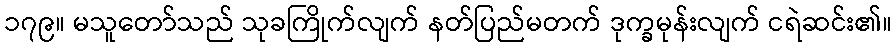
၁၇၉။ မသူတော်သည် သုခကြိုက်လျက် နတ်ပြည်မတက် ဒုက္ခမုန်းလျက် ငရဲဆင်း၏။